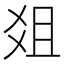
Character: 爼